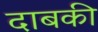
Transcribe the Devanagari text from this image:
दाबकी